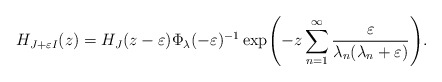
\begin{align*}H_{J+\varepsilon I}(z)=H_{J}(z-\varepsilon)\Phi_{\lambda}(-\varepsilon)^{-1}\exp\!\left(-z\sum_{n=1}^{\infty}\frac{\varepsilon}{\lambda_{n}(\lambda_{n}+\varepsilon)}\right)\!.\end{align*}